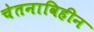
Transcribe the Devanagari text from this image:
चेतनाविहीन